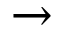
\to